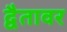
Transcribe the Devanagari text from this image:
द्वैतावर